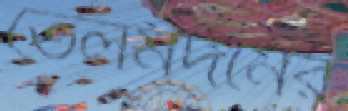
তেলমর্দনের